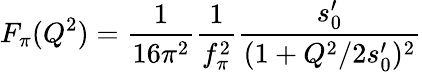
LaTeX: F_{\pi}(Q^{2})=\frac{1}{16\pi^{2}}\frac{1}{f_{\pi}^{2}}\frac{s_{0}^{\prime}}{(1+Q^{2}/2s_{0}^{\prime})^{2}}